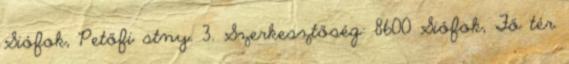
Siófok, Petőfi stny. 3. Szerkesztőség: 8600 Siófok, Fő tér